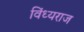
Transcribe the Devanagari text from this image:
विंध्यराज